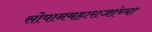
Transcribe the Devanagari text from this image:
सोपानमहाराजांच्या